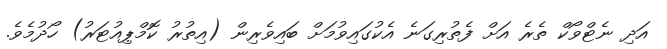
އަދި ނެޓްވޯކް ތެރެ އަށް ފެތުރިގަނެ އެކުގައިވުމަށް ބައިވެރިން (އިތުރު ކޮމްޕިއުޓަރު) ހޯދުމެވެ.